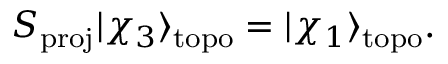
S _ { \mathrm { p r o j } } | \chi _ { 3 } \rangle _ { \mathrm { t o p o } } = | \chi _ { 1 } \rangle _ { \mathrm { t o p o } } .